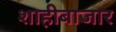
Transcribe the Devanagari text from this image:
शाहीबाजार